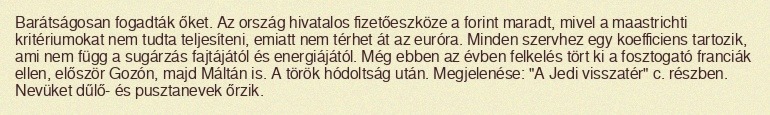
Barátságosan fogadták őket. Az ország hivatalos fizetőeszköze a forint maradt, mivel a maastrichti kritériumokat nem tudta teljesíteni, emiatt nem térhet át az euróra. Minden szervhez egy koefficiens tartozik, ami nem függ a sugárzás fajtájától és energiájától. Még ebben az évben felkelés tört ki a fosztogató franciák ellen, először Gozón, majd Máltán is. A török hódoltság után. Megjelenése: "A Jedi visszatér" c. részben. Nevüket dűlő- és pusztanevek őrzik.